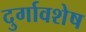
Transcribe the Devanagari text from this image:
दुर्गावशेष